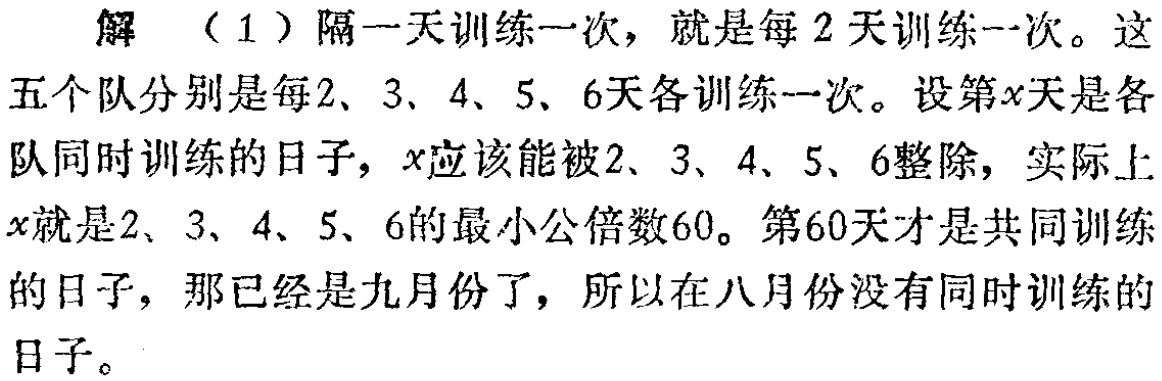
解 （1）隔一天训练一次，就是每2天训练一次。这五个队分别是每2、3、4、5、6天各训练一次。设第\(x\)天是各队同时训练的日子，\(x\)应该能被2、3、4、5、6整除，实际上\(x\)就是2、3、4、5、6的最小公倍数60。第60天才是共同训练的日子，那已经是九月份了，所以在八月份没有同时训练的日子。